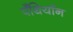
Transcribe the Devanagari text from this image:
पँथियॉन